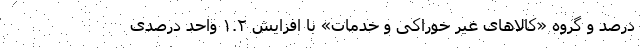
درصد و گروه «کالاهای غیر خوراکی و خدمات» با افزایش ١.٢ واحد درصدی